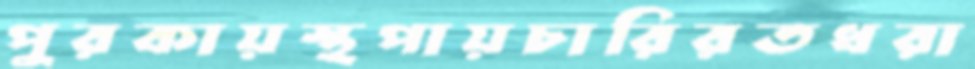
পুরকায়স্থপায়চারিরতধরা